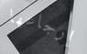
إرجاعها